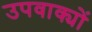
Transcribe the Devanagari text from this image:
उपवाक्यों